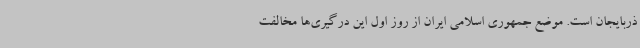
ذربایجان است. موضع جمهوری اسلامی ایران از روز اول این درگیری‌ها مخالفت